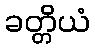
ခတ္တိယံ